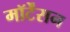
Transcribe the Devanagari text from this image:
मॉर्टेंसन